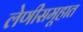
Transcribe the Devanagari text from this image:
लेणीसमूहात